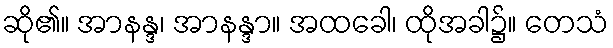
ဆို၏။ အာနန္ဒ၊ အာနန္ဒာ။ အထခေါ၊ ထိုအခါ၌။ တေသံ